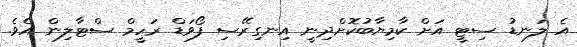
އެ ލަނޑު ސިޓީ އަށް ކާމިޔާބުކޮށްދިނީ އިނގިރޭސި ފޯވަޑް ރަހީމް ސްޓާލިން އެވެ.